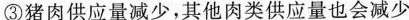
③猪肉供应量减少，其他肉类供应量也会减少